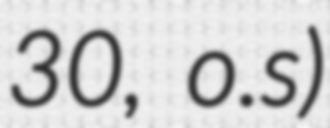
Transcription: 30, o.s)